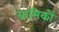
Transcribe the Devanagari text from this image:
ग्रामिकों